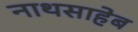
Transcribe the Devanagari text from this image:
नाथसाहेब